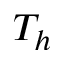
T _ { h }